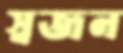
স্বজন